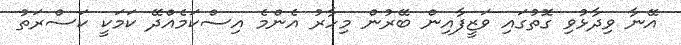
އޭނާ ވިދާޅުވި ގޮތުގައި ވަޒީފާއިން ބޭރުން މިހާރު އެންމެ އިސްކަމެއްދޭ ކަމަކީ ކަސްރަތު